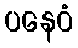
ပနေဝံ